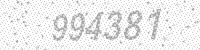
Solution: 994381